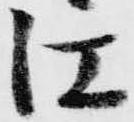
江